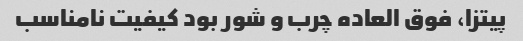
پیتزا، فوق العاده چرب و شور بود کیفیت نامناسب